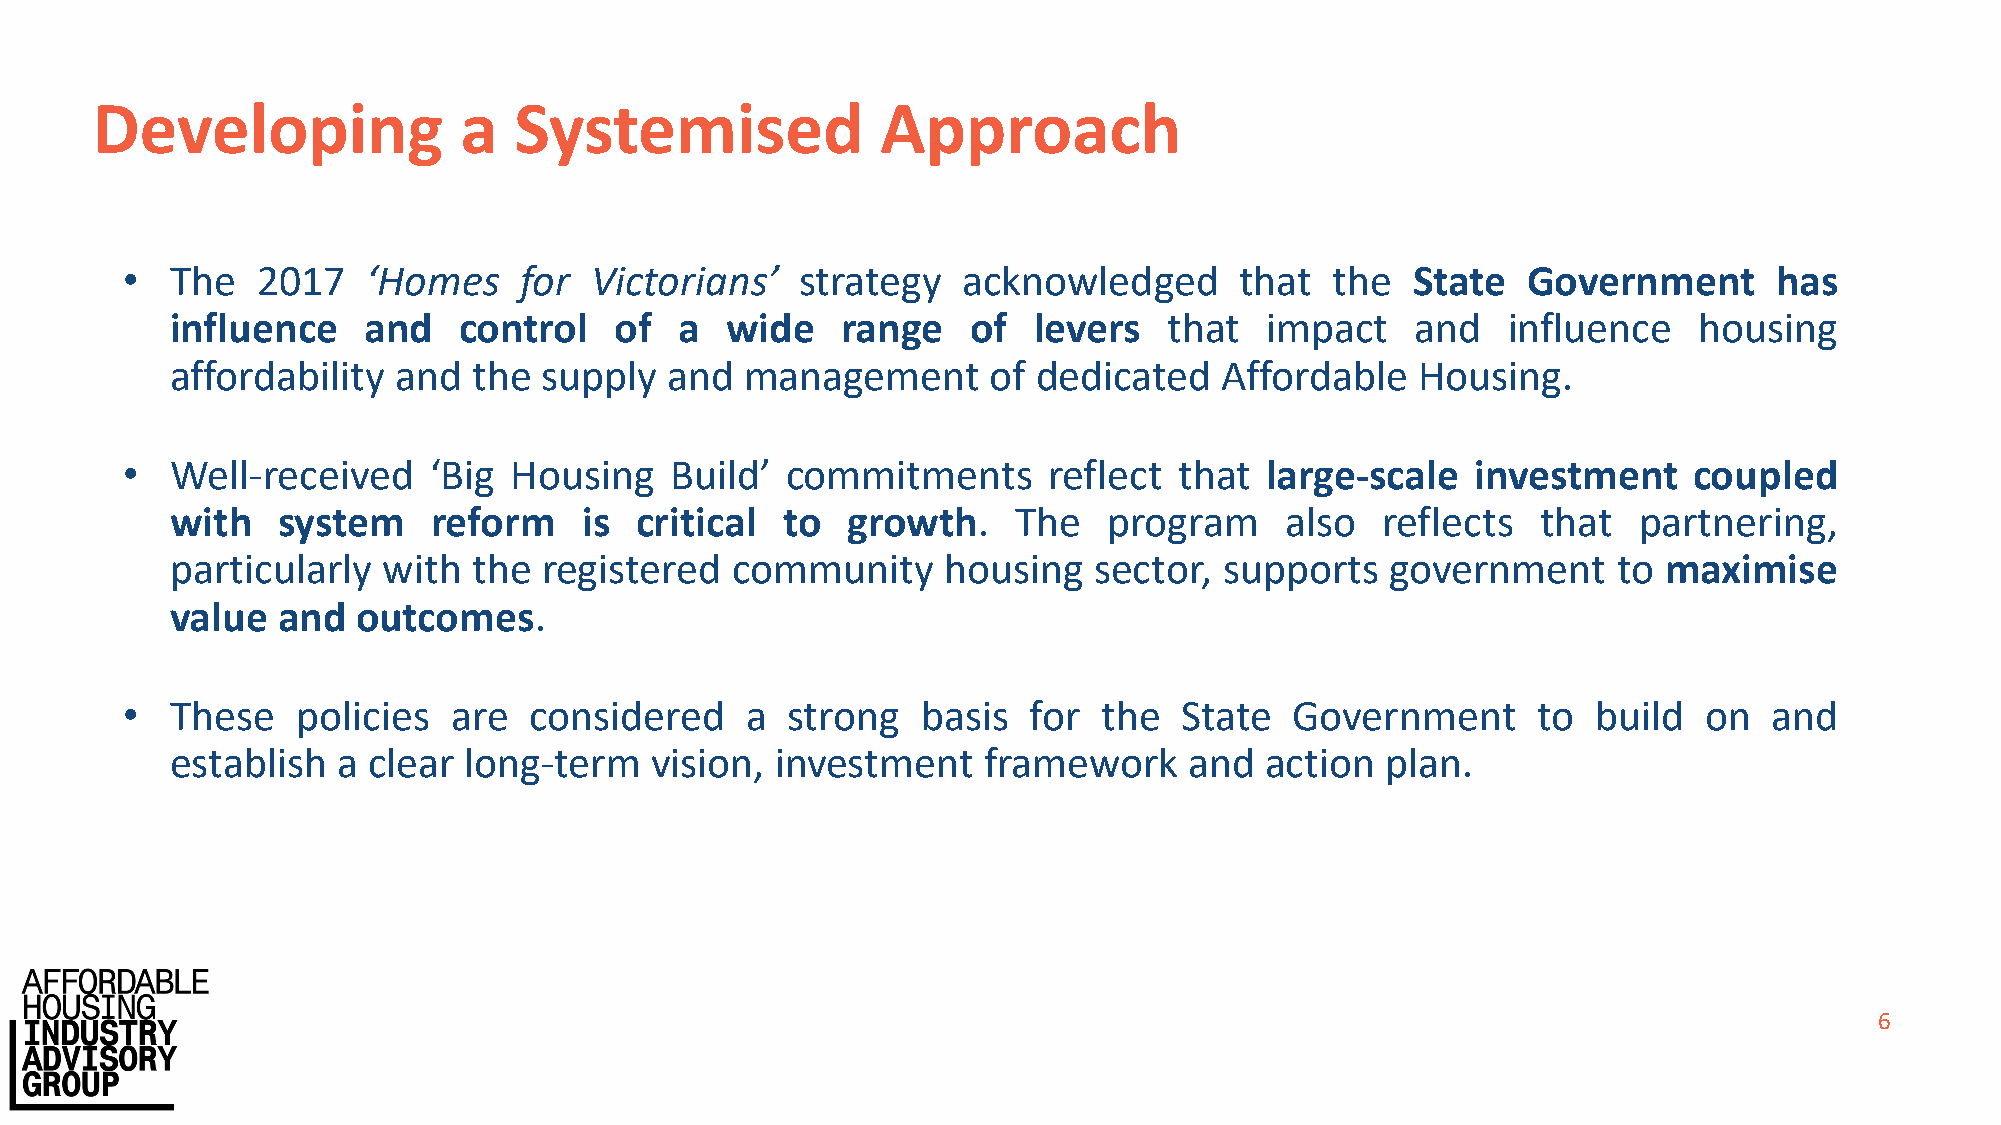
Developing              a   Systemised              Approach
 •  The   2017   ‘Homes    for  Victorians’   strategy   acknowledged      that  the  State   Government       has
 influence    and   control    of  a  wide    range   of  levers   that   impact    and   influence   housing
 affordability  and  the  supply  and  management      of  dedicated   Affordable   Housing.
 •  Well-received    ‘Big  Housing   Build’  commitments      reflect  that  large-scale   investment    coupled
 with   system     reform    is critical  to  growth.    The   program     also  reflects   that  partnering,
 particularly  with  the  registered  community     housing   sector,  supports   government     to maximise
 value  and   outcomes.
 •  These    policies  are  considered    a  strong   basis  for  the  State   Government      to  build  on  and
 establish  a clear  long-term   vision, investment    framework     and  action  plan.
 6